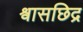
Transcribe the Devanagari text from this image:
श्वासछिद्र